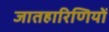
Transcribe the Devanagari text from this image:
जातहारिणियों